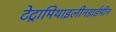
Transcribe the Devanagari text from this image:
टेट्रामिथाइलीनडाईमीन